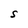
Character: S